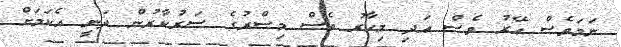
ނަމަވެސް އޭރު ވެސް އަދި މިހާރު ވެސް މިސްރުގެ ސަރުކާރުން ދަނީ އެކަމަށް